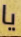
يا